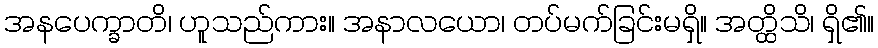
အနပေက္ခာတိ၊ ဟူသည်ကား။ အနာလယော၊ တပ်မက်ခြင်းမရှိ။ အတ္ထိသိ၊ ရှိ၏။